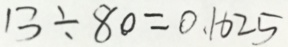
1 3 \div 8 0 = 0 . 1 6 2 5